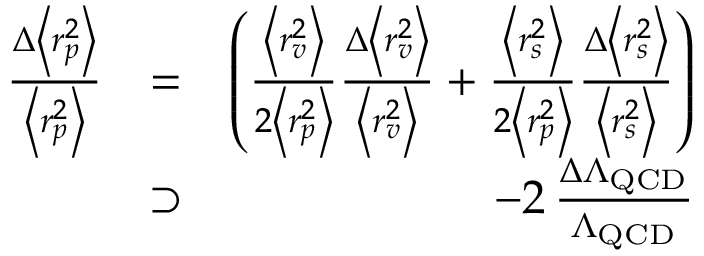
\begin{array} { r l r } { \frac { \Delta \left< r _ { p } ^ { 2 } \right> } { \left< r _ { p } ^ { 2 } \right> } } & { = } & { \left( \frac { \left< r _ { v } ^ { 2 } \right> } { 2 \left< r _ { p } ^ { 2 } \right> } \frac { \Delta \left< r _ { v } ^ { 2 } \right> } { \left< r _ { v } ^ { 2 } \right> } + \frac { \left< r _ { s } ^ { 2 } \right> } { 2 \left< r _ { p } ^ { 2 } \right> } \frac { \Delta \left< r _ { s } ^ { 2 } \right> } { \left< r _ { s } ^ { 2 } \right> } \right) } \\ & { \supset } & { - 2 \, \frac { \Delta \Lambda _ { \mathrm { Q C D } } } { \Lambda _ { \mathrm { Q C D } } } } \end{array}